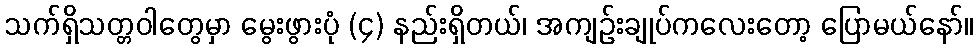
သက်ရှိသတ္တဝါတွေမှာ မွေးဖွားပုံ (၄) နည်းရှိတယ်၊ အကျဉ်းချုပ်ကလေးတော့ ပြောမယ်နော်။